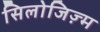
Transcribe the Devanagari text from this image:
सिलोजिज़्म